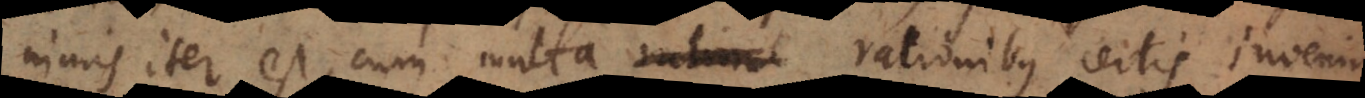
nimis iter est, cum multa rationibus certis inveniri